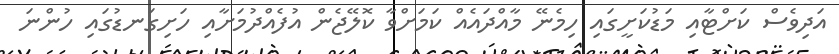
އަދިވެސް ކަށްޓާއި މަޑުކަށީގައި ހިމެނޭ މާއްދައެއް ކަމަށްވާ ކޮލޭޖެން އުފެއްދުމަށާއި ހަށިގަނޑުގައި ހުންނަ